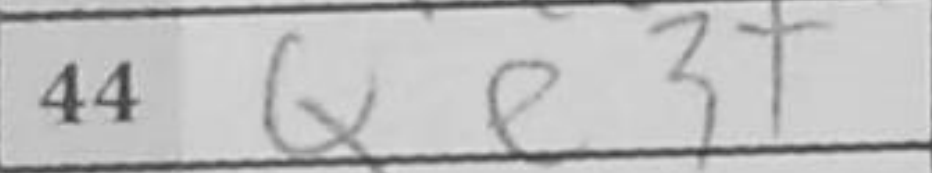
Transcription: Qe3+